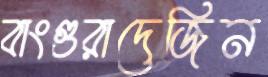
বাংগুরাদেজিন